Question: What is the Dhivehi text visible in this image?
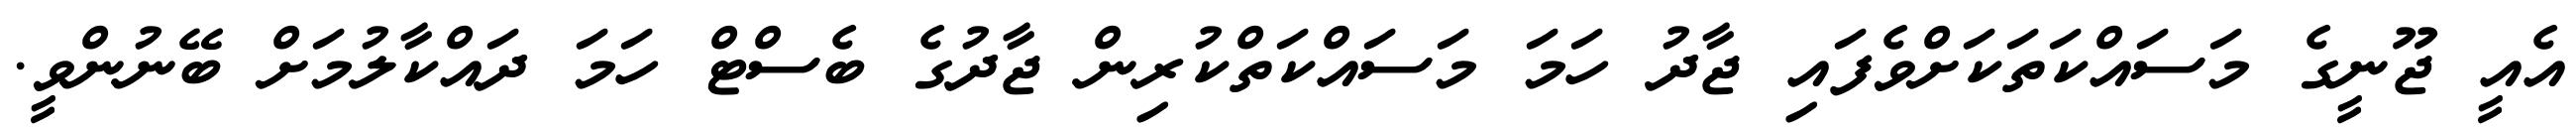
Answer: އެއީ ޖޫނީގެ މަސައްކަތަކަށްވެފައި ޖާދު ހަމަ މަސައްކަތްކުރިން ޖާދުގެ ބެސްޓް ހަމަ ދައްކާލުމަށް ބޭނުންވީ.